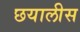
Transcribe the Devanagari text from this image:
छयालीस